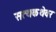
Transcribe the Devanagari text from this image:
सत्यकथेवर